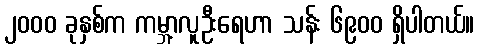
၂၀၀၀ ခုနှစ်က ကမ္ဘာ့လူဦးရေဟာ သန်း ၆၉၀၀ ရှိပါတယ်။